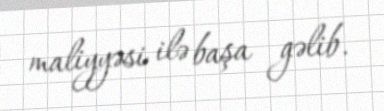
maliyyəsi ilə başa gəlib.